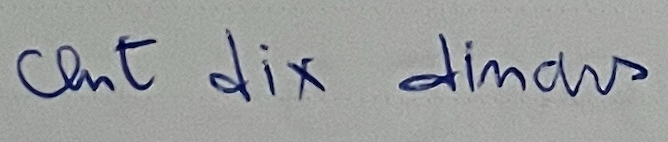
cent dix dinars